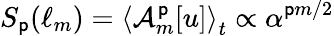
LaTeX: S_{\mathsf{p}}(\ell_{m})=\left\langle\mathcal{{A}}_{m}^{\mathsf{p}}[u]\right\rangle_{t}\propto\alpha^{\mathsf{p}m/2}